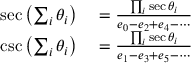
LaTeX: \begin{array} { r l } { \sec \left( \sum _ { i } \theta _ { i } \right) } & { { } = { \frac { \prod _ { i } \sec \theta _ { i } } { e _ { 0 } - e _ { 2 } + e _ { 4 } - \cdots } } } \\ { \csc \left( \sum _ { i } \theta _ { i } \right) } & { { } = { \frac { \prod _ { i } \sec \theta _ { i } } { e _ { 1 } - e _ { 3 } + e _ { 5 } - \cdots } } } \end{array}